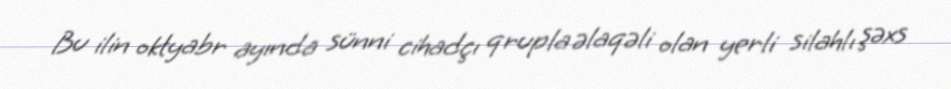
Bu ilin oktyabr ayında sünni cihadçı qrupla əlaqəli olan yerli silahlı şəxs